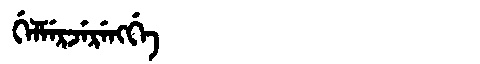
Manchu: ᡤᡝᠯᠮᡝᡵᠵᡝᡵᡝᠩᡤᡝ
Romanization: GELMERJERENGGE